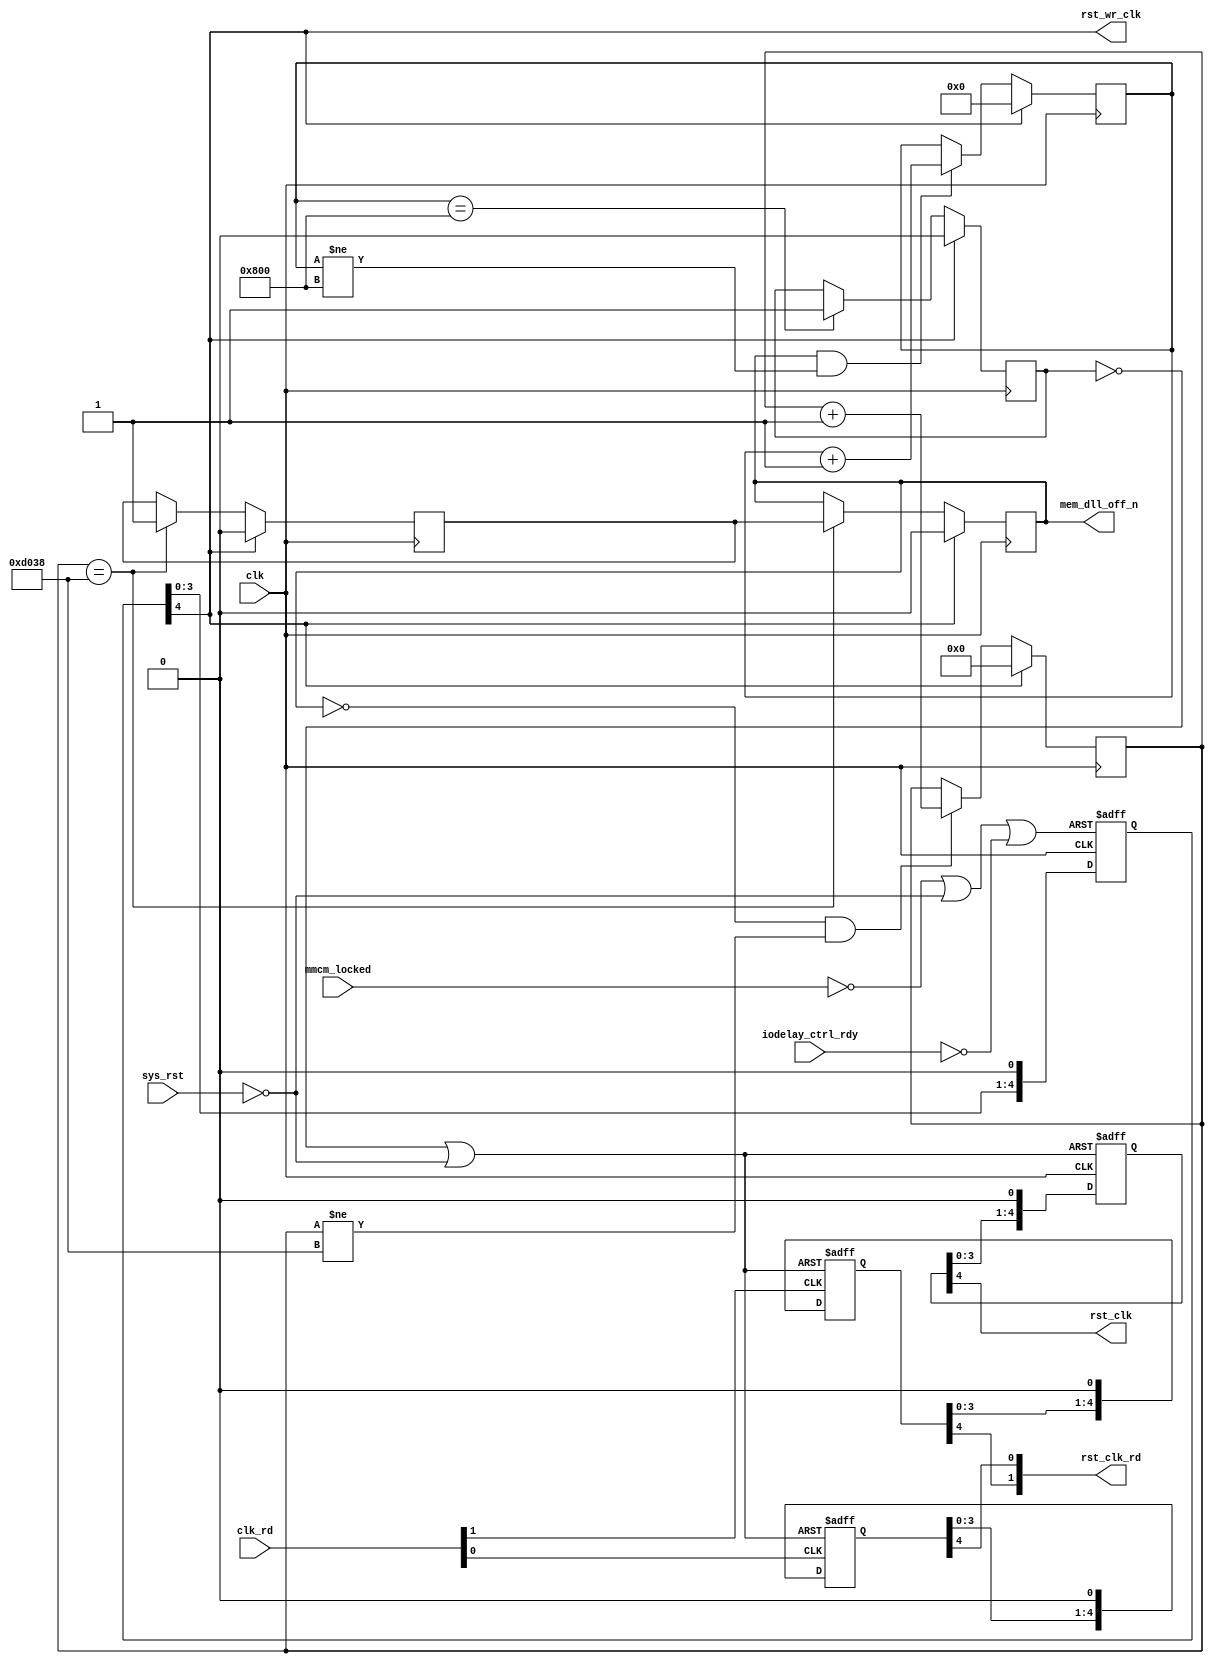
//*****************************************************************************
//(c) Copyright 2009 - 2010 Xilinx, Inc. All rights reserved.
//
// This file contains confidential and proprietary information
// of Xilinx, Inc. and is protected under U.S. and
// international copyright and other intellectual property
// laws.
//
// DISCLAIMER
// This disclaimer is not a license and does not grant any
// rights to the materials distributed herewith. Except as
// otherwise provided in a valid license issued to you by
// Xilinx, and to the maximum extent permitted by applicable
// law: (1) THESE MATERIALS ARE MADE AVAILABLE "AS IS" AND
// WITH ALL FAULTS, AND XILINX HEREBY DISCLAIMS ALL WARRANTIES
// AND CONDITIONS, EXPRESS, IMPLIED, OR STATUTORY, INCLUDING
// BUT NOT LIMITED TO WARRANTIES OF MERCHANTABILITY, NON-
// INFRINGEMENT, OR FITNESS FOR ANY PARTICULAR PURPOSE; and
// (2) Xilinx shall not be liable (whether in contract or tort,
// including negligence, or under any other theory of
// liability) for any loss or damage of any kind or nature
// related to, arising under or in connection with these
// materials, including for any direct, or any indirect,
// special, incidental, or consequential loss or damage
// (including loss of data, profits, goodwill, or any type of
// loss or damage suffered as a result of any action brought
// by a third party) even if such damage or loss was
// reasonably foreseeable or Xilinx had been advised of the
// possibility of the same.
//
// CRITICAL APPLICATIONS
// Xilinx products are not designed or intended to be fail-
// safe, or for use in any application requiring fail-safe
// performance, such as life-support or safety devices or
// systems, Class III medical devices, nuclear facilities,
// applications related to the deployment of airbags, or any
// other applications that could lead to death, personal
// injury, or severe property or environmental damage
// (individually and collectively, "Critical
// Applications"). Customer assumes the sole risk and
// liability of any use of Xilinx products in Critical
// Applications, subject only to applicable laws and
// regulations governing limitations on product liability.
//
// THIS COPYRIGHT NOTICE AND DISCLAIMER MUST BE RETAINED AS
// PART OF THIS FILE AT ALL TIMES.
 
//*****************************************************************************
//   ____  ____
//  /   /\/   /
// /___/  \  /    Vendor              : Xilinx
// \   \   \/     Version             : 3.8 
//  \   \         Application         : MIG
//  /   /         Filename            : phy_reset_sync.v
// /___/   /\     Date Last Modified  : $date$
// \   \  /  \    Date Created        : Nov 18, 2008
//  \___\/\___\
//
//Device: Virtex-6
//Design Name: QDRII+ / RLDRAM-II
//Purpose:
//   reset synchronization and memory initialization
//Reference:
//Revision History:
//*****************************************************************************

`timescale 1ps/1ps

module phy_reset_sync#(
  parameter CLK_STABLE      = 2048,   //Cycles till CQ/CQ# are stable
  parameter CLK_PERIOD      = 3752,   //Internal Fabric Clk Period (in ps)
  parameter RST_ACT_LOW     = 1,      //sys reset is active low
  parameter NUM_DEVICES     = 2,      //No. of Memory Devices
  parameter SIM_INIT_OPTION = "NONE", //Simulation Only mode
  parameter TCQ             = 100     //Register Delay
)
(
  input                         sys_rst,          //System Reset from MMCM
  input                         clk,              //Half Freq. System Clock
  (* shreg_extract = "no" *)
  output wire                   rst_clk,          //Reset Sync to CLK
  (* shreg_extract = "no" *)
  output wire                   rst_wr_clk,       //Reset Sync to CLK for write path only
  input       [NUM_DEVICES-1:0] clk_rd,           //Read Path clock generated from CQ/CQ#
  (* shreg_extract = "no" *)
  (* max_fanout = "50" *)
  output wire [NUM_DEVICES-1:0] rst_clk_rd,       //Read Path reset 
  input                         mmcm_locked,      //MMCM clocks are locked
  input                         iodelay_ctrl_rdy, //IODELAY controller ready signal
  output wire                   mem_dll_off_n     //DLL off signal to Memory Device
);

  // # of clock cycles to delay deassertion of reset. Needs to be a fairly
  // high number not so much for metastability protection, but to give time
  // for reset (i.e. stable clock cycles) to propagate through all state
  // machines and to all control signals (i.e. not all control signals have
  // resets, instead they rely on base state logic being reset, and the effect
  // of that reset propagating through the logic). Need this because we may not
  // be getting stable clock cycles while reset asserted (i.e. since reset
  // depends on DCM lock status)
  localparam RST_SYNC_NUM = 5;  //*FIXME*

  //Calculate the number of cycles needed for 200 us.  This is used to
  //initialize the memory device and turn off the dll signal to it.
  localparam INIT_DONE = (SIM_INIT_OPTION != "NONE") 
                          ? 10 : (200*1000*1000/CLK_PERIOD);

  //Wire Delcarations
  wire                    sys_rst_act_hi;
  wire                    rst_wr_clk_tmp;
  wire                    rst_clk_tmp;
  wire [NUM_DEVICES-1:0]  rst_clk_rd_tmp;

  reg             init_cnt_done;
  reg             init_cnt_done_r;
  reg             cq_stable;
  reg     [11:0]  cq_cnt;
  reg     [16:0]  init_cnt;

  //Initialize all bits to 1
  (* shreg_extract = "no" *)
  (* max_fanout = "50" *)
  reg [RST_SYNC_NUM-1:0]  rst_wr_clk_sync_r  = -1;
  (* shreg_extract = "no" *)
  (* max_fanout = "50" *)
  reg [RST_SYNC_NUM-1:0]  rst_clk_sync_r     = -1;
  reg [RST_SYNC_NUM-1:0]  rst_clk_rd_sync_r [NUM_DEVICES-1:0] ;

  //---------------------------------------------------------------------------
  //Reset Synchronization Logic
  // 1. RST_WR_CLK - Synchronized to CLK however should also be 
  // held as long as the clocks are not locked indicated by the mmcm or 
  // if the IODELAY controller is not ready yet
  //
  // 2. RST_CLK - This reset is sync. to CLK and should be held as long as
  // clocks CQ/CQ# coming back from the memory device is not yet stable.  
  // It is assumed stable based on the parameter CLK_STABLE taken from the
  // memory spec.
  //
  // 3. RST_CLK_RD - Synchonronized to clk_rd, this reset should be held until
  // clocks CQ/CQ# are stable.
  //---------------------------------------------------------------------------
  assign sys_rst_act_hi   = RST_ACT_LOW ? ~sys_rst: sys_rst;
  assign rst_wr_clk_tmp   = ~mmcm_locked | sys_rst_act_hi | ~iodelay_ctrl_rdy;
  assign rst_clk_tmp      = ~cq_stable   | sys_rst_act_hi;
  
  genvar i;
  generate
    for(i = 0; i < NUM_DEVICES; i = i +1)
      begin : RST_CLK_RD_TMP
        assign rst_clk_rd_tmp[i]  = ~cq_stable   | sys_rst_act_hi;
      end 
  endgenerate

  always @(posedge clk or posedge rst_wr_clk_tmp)
    if (rst_wr_clk_tmp)
      rst_wr_clk_sync_r <= #TCQ {(RST_SYNC_NUM){1'b1}};
    else
      // logical left shift by one (pads with 0)
      rst_wr_clk_sync_r <= #TCQ rst_wr_clk_sync_r << 1;
 
  assign rst_wr_clk = rst_wr_clk_sync_r[RST_SYNC_NUM-1];

  always @(posedge clk or posedge rst_clk_tmp)
    if (rst_clk_tmp)
      rst_clk_sync_r <= #TCQ {RST_SYNC_NUM{1'b1}};
    else
      rst_clk_sync_r <= #TCQ rst_clk_sync_r << 1;
  
  assign rst_clk = rst_clk_sync_r[RST_SYNC_NUM-1];

  genvar j;
  generate
    for(j = 0; j < NUM_DEVICES; j = j +1)
      begin : RST_CLK_RD_SYNC_R
        always @(posedge clk_rd[j] or posedge rst_clk_rd_tmp[j])
          begin 
            if (rst_clk_rd_tmp[j])
              rst_clk_rd_sync_r[j] <= #TCQ {RST_SYNC_NUM{1'b1}};
            else
              rst_clk_rd_sync_r[j] <= #TCQ rst_clk_rd_sync_r[j] << 1;
          end
      end 
  endgenerate

  genvar k;
  generate 
    for (k = 0; k < NUM_DEVICES; k = k+1)
      begin: RST_CLK_RD
        assign rst_clk_rd[k] = rst_clk_rd_sync_r[k][RST_SYNC_NUM-1];
      end
  endgenerate


  //---------------------------------------------------------------------------
  //Initialization Logic for Memory
  //The counters below are used to determine when the CQ/CQ# clocks are stable
  //and memory initialization is complete.
  //This logic operates on the same clock and reset as the write path logic to
  //ensure the counters are in sync to that of driving the K/K# clocks.  They
  //should remain in sync as CQ/CQ# are echos of K/K#
  //---------------------------------------------------------------------------

  //init_cnt generates a 200 us counter based on CLK_PERIOD.
  //This counter is needed to determine when to turn of the dll signal to
  //memory and initialization of the memory is considered complete.
  always @ (posedge clk)
    begin
      if (rst_wr_clk)
        init_cnt <=#TCQ 0;
      else if (init_cnt_done_r == 1'b0 && (init_cnt != INIT_DONE))
        init_cnt <=#TCQ init_cnt + 1;
     end

  //Signal init_cnt_done once 200 us is up
  always @ (posedge clk)
    begin
      if (rst_wr_clk) begin
        init_cnt_done   <=#TCQ 1'b0;
        init_cnt_done_r <=#TCQ 1'b0;
      end else if (init_cnt == INIT_DONE) begin
        init_cnt_done   <=#TCQ 1'b1;
        init_cnt_done_r <=#TCQ init_cnt_done;
      end
    end

  assign mem_dll_off_n = init_cnt_done_r;

  // Count CLK_STABLE cycles to determine that CQ/CQ# clocks are stable.  When
  // ready, both RST_CLK and RST_CLK_RD can come out of reset.  Only start
  // counting once the the initial count for memory is complete (ie
  // init_cnt_done_r)
  always @(posedge clk)
    begin
      if (rst_wr_clk)
        cq_cnt <= 0;
      else if ((init_cnt_done_r) && (cq_cnt != CLK_STABLE))
        cq_cnt <= cq_cnt + 1;
    end

  always @(posedge clk)
    begin
      if (rst_wr_clk) begin
        cq_stable   <=#TCQ 1'b0;
      end else if (cq_cnt == CLK_STABLE) begin
        cq_stable   <=#TCQ 1'b1;
      end
    end

endmodule